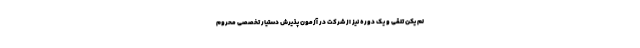
لم یکن تلقی و یک دوره نیز از شرکت در آزمون پذیرش دستیار تخصصی محروم